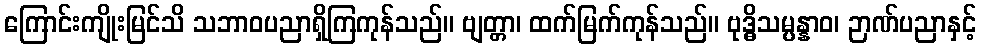
ကြောင်းကျိုးမြင်သိ သဘာဝပညာရှိကြကုန်သည်။ ဗျတ္တာ၊ ထက်မြက်ကုန်သည်။ ဗုဒ္ဓိသမ္ပန္နာဝ၊ ဉာဏ်ပညာနှင့်